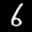
Label: 6